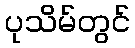
ပုသိမ်တွင်